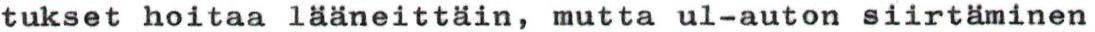
tukset hoitaa lääneittäin, mutta ul-auton siirtäminen